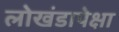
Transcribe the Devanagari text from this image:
लोखंडापेक्षा